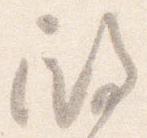
殿